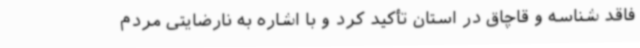
فاقد شناسه و قاچاق در استان تأکید کرد و با اشاره به نارضایتی مردم